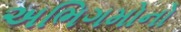
અભિગમોનો